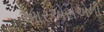
આરએસએની